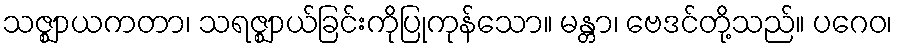
သဇ္ဈာယကတာ၊ သရဇ္ဈာယ်ခြင်းကိုပြုကုန်သော။ မန္တာ၊ ဗေဒင်တို့သည်။ ပဂေဝ၊